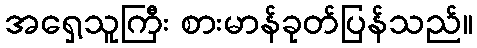
အရှေ့သူကြီး စားမာန်ခုတ်ပြန်သည်။